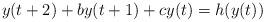
LaTeX: \begin{align*}y(t+2)+by(t+1)+cy(t)=h(y(t))\end{align*}